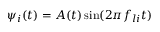
\psi _ { i } ( t ) = A ( t ) \sin ( 2 \pi f _ { l i } t )